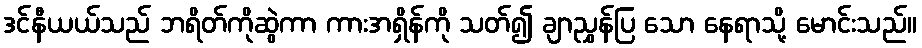
ဒင်နီယယ်သည် ဘရိတ်ကိုဆွဲကာ ကားအရှိန်ကို သတ်၍ ချာညွှန်ပြ သော နေရာသို့ မောင်းသည်။